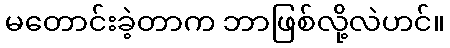
မတောင်းခဲ့တာက ဘာဖြစ်လို့လဲဟင်။